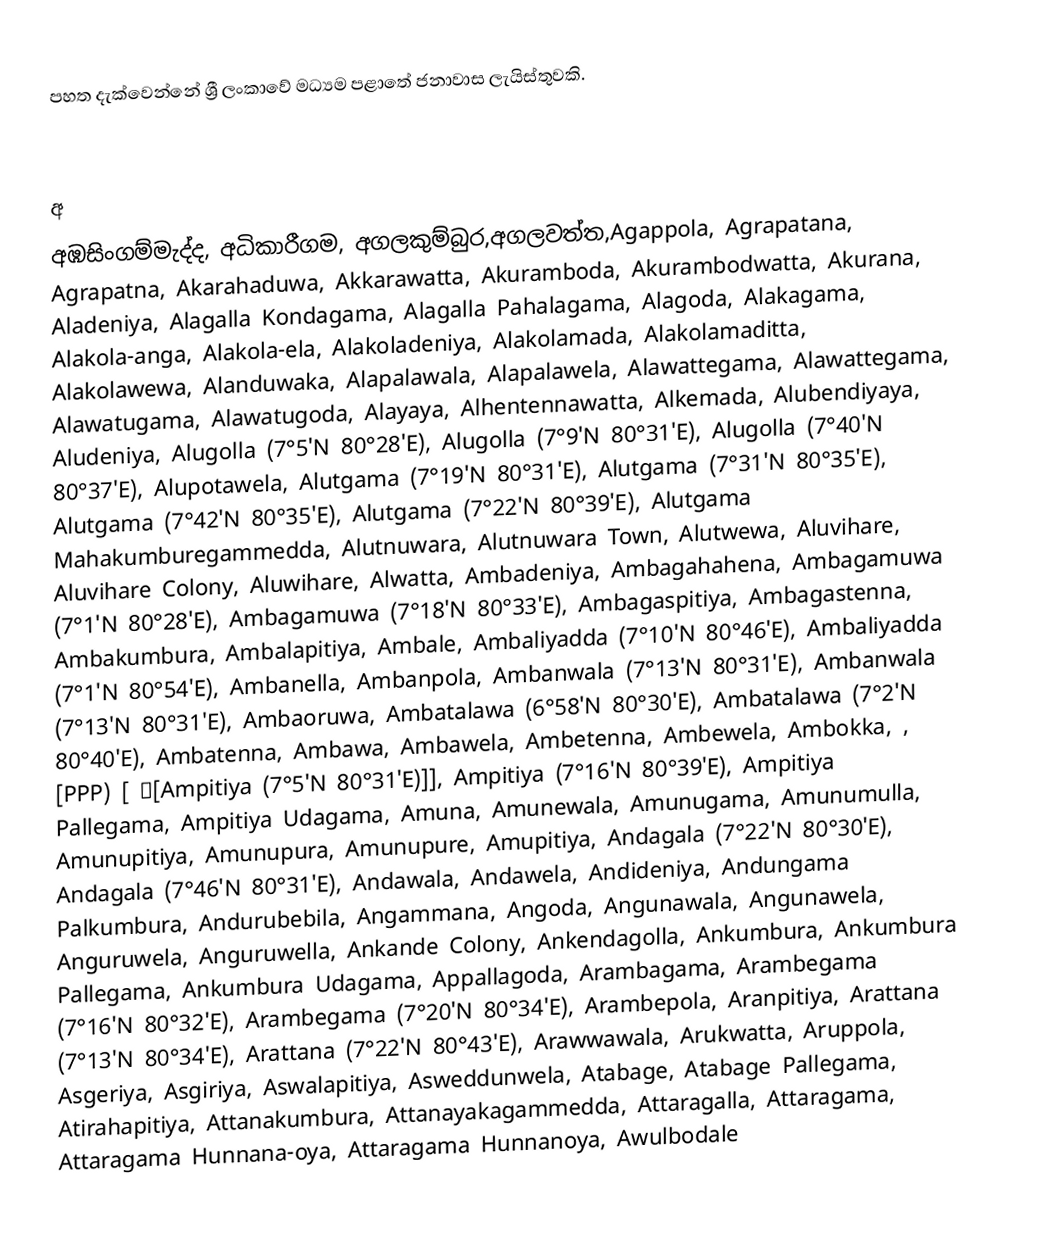
පහත දැක්වෙන්නේ ශ්‍රී ලංකාවේ මධ්‍යම පළාතේ ජනාවාස ලැයිස්තුවකි.

අ
අඹසිංගම්මැද්ද, අධිකාරීගම, අගලකුම්බුර,අගලවත්ත,Agappola, Agrapatana, Agrapatna, Akarahaduwa, Akkarawatta, Akuramboda, Akurambodwatta, Akurana, Aladeniya, Alagalla Kondagama, Alagalla Pahalagama, Alagoda, Alakagama, Alakola-anga, Alakola-ela, Alakoladeniya, Alakolamada, Alakolamaditta, Alakolawewa, Alanduwaka, Alapalawala, Alapalawela, Alawattegama, Alawattegama, Alawatugama, Alawatugoda, Alayaya, Alhentennawatta, Alkemada, Alubendiyaya, Aludeniya, Alugolla (7°5'N 80°28'E), Alugolla (7°9'N 80°31'E), Alugolla (7°40'N 80°37'E), Alupotawela, Alutgama (7°19'N 80°31'E), Alutgama (7°31'N 80°35'E), Alutgama (7°42'N 80°35'E), Alutgama (7°22'N 80°39'E), Alutgama Mahakumburegammedda, Alutnuwara, Alutnuwara Town, Alutwewa, Aluvihare, Aluvihare Colony, Aluwihare, Alwatta, Ambadeniya, Ambagahahena, Ambagamuwa (7°1'N 80°28'E), Ambagamuwa (7°18'N 80°33'E), Ambagaspitiya, Ambagastenna, Ambakumbura, Ambalapitiya, Ambale, Ambaliyadda (7°10'N 80°46'E), Ambaliyadda (7°1'N 80°54'E), Ambanella, Ambanpola, Ambanwala (7°13'N 80°31'E), Ambanwala (7°13'N 80°31'E), Ambaoruwa, Ambatalawa (6°58'N 80°30'E), Ambatalawa (7°2'N 80°40'E), Ambatenna, Ambawa, Ambawela, Ambetenna, Ambewela, Ambokka, , [PPP) [ د[Ampitiya (7°5'N 80°31'E)]], Ampitiya (7°16'N 80°39'E), Ampitiya Pallegama, Ampitiya Udagama, Amuna, Amunewala, Amunugama, Amunumulla, Amunupitiya, Amunupura, Amunupure, Amupitiya, Andagala (7°22'N 80°30'E), Andagala (7°46'N 80°31'E), Andawala, Andawela, Andideniya, Andungama Palkumbura, Andurubebila, Angammana, Angoda, Angunawala, Angunawela, Anguruwela, Anguruwella, Ankande Colony, Ankendagolla, Ankumbura, Ankumbura Pallegama, Ankumbura Udagama, Appallagoda, Arambagama, Arambegama (7°16'N 80°32'E), Arambegama (7°20'N 80°34'E), Arambepola, Aranpitiya, Arattana (7°13'N 80°34'E), Arattana (7°22'N 80°43'E), Arawwawala, Arukwatta, Aruppola, Asgeriya, Asgiriya, Aswalapitiya, Asweddunwela, Atabage, Atabage Pallegama, Atirahapitiya, Attanakumbura, Attanayakagammedda, Attaragalla, Attaragama, Attaragama Hunnana-oya, Attaragama Hunnanoya, Awulbodale